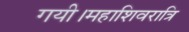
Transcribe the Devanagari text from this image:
गयी।महाशिवरात्रि